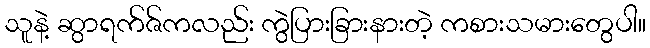
သူနဲ့ ဆွာရက်ဇ်ကလည်း ကွဲပြားခြားနားတဲ့ ကစားသမားတွေပါ။